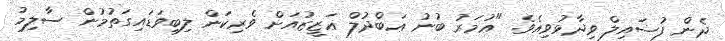
ދެން ފުޟައިލް ވިދާޅުވިއެވެ. "ޢުމަރު ބުނު ޢަބްދުލް ޢަޒީޒުއަށް ވެރިކަން ލިބިވަޑައިގަތުމުން ސާލިމު